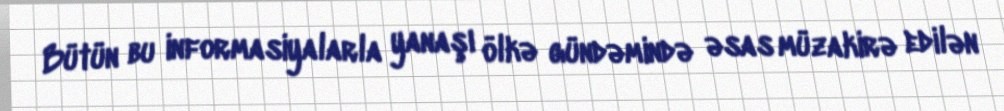
Bütün bu informasiyalarla yanaşı ölkə gündəmində əsas müzakirə edilən